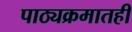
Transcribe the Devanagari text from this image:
पाठ्यक्रमातही